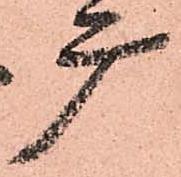
广